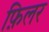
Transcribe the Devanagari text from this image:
फ़िलर